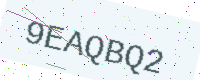
Text: 9EAQBQ2